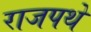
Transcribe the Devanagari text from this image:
राजपथे